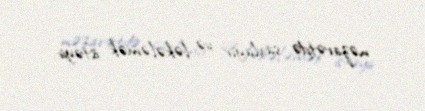
nəzarətdə saxlayır və ləkələmək istəyir.